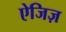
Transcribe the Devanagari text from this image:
ऐजिज़